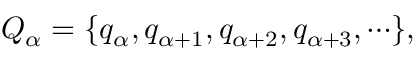
Q _ { \alpha } = \{ q _ { \alpha } , q _ { \alpha + 1 } , q _ { \alpha + 2 } , q _ { \alpha + 3 } , \cdots \} ,